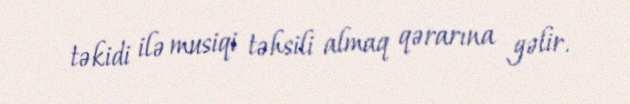
təkidi ilə musiqi təhsili almaq qərarına gəlir.